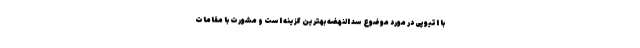
با اتیوپی در مورد موضوع سد النهضه بهترین گزینه است و مشورت با مقامات